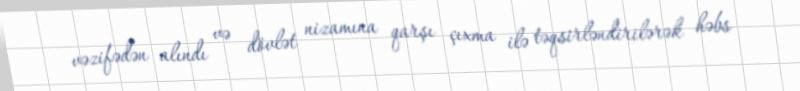
vəzifədən alındı və dövlət nizamına qarşı çıxma ilə təqsirləndirilərək həbs